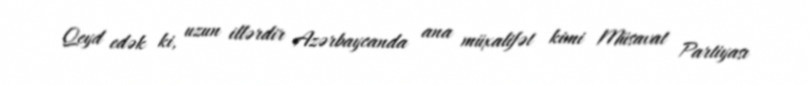
Qeyd edək ki, uzun illərdir Azərbaycanda ana müxalifət kimi Müsavat Partiyası